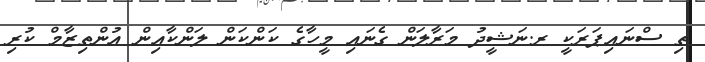
ތި ސްނައިޕަރަކީ ރ.ނަޝީދު މަރާލަން ގެނައި މީހާގެ ކަންކަން ލަންކާއިން އުންތިޒާމް ކުރި